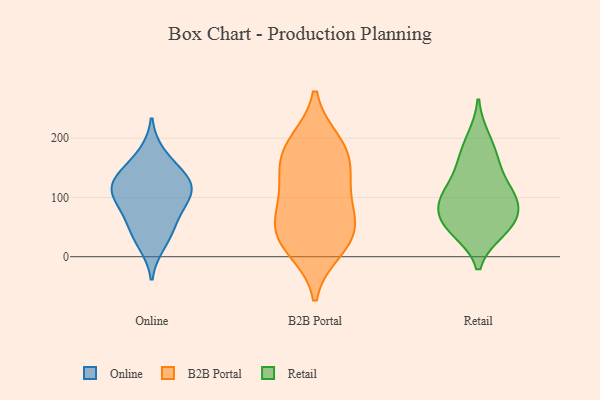
{"axis": {"x": "Energy Usage (MWh)", "y": "Value"}, "legend": ["B2B Portal", "Online", "Retail"], "data": [{"x": "", "y": 136, "type": "Online"}, {"x": "", "y": 121, "type": "Online"}, {"x": "", "y": 174, "type": "Online"}, {"x": "", "y": 44, "type": "Online"}, {"x": "", "y": 100, "type": "Online"}, {"x": "", "y": 58, "type": "Online"}, {"x": "", "y": 123, "type": "Online"}, {"x": "", "y": 101, "type": "Online"}, {"x": "", "y": 139, "type": "Online"}, {"x": "", "y": 87, "type": "Online"}, {"x": "", "y": 21, "type": "Online"}, {"x": "", "y": 13, "type": "B2B Portal"}, {"x": "", "y": 52, "type": "B2B Portal"}, {"x": "", "y": 32, "type": "B2B Portal"}, {"x": "", "y": 71, "type": "B2B Portal"}, {"x": "", "y": 137, "type": "B2B Portal"}, {"x": "", "y": 89, "type": "B2B Portal"}, {"x": "", "y": 172, "type": "B2B Portal"}, {"x": "", "y": 132, "type": "B2B Portal"}, {"x": "", "y": 185, "type": "B2B Portal"}, {"x": "", "y": 29, "type": "B2B Portal"}, {"x": "", "y": 192, "type": "B2B Portal"}, {"x": "", "y": 57, "type": "Retail"}, {"x": "", "y": 104, "type": "Retail"}, {"x": "", "y": 62, "type": "Retail"}, {"x": "", "y": 103, "type": "Retail"}, {"x": "", "y": 50, "type": "Retail"}, {"x": "", "y": 199, "type": "Retail"}, {"x": "", "y": 95, "type": "Retail"}, {"x": "", "y": 45, "type": "Retail"}, {"x": "", "y": 164, "type": "Retail"}, {"x": "", "y": 100, "type": "Retail"}, {"x": "", "y": 154, "type": "Retail"}]}